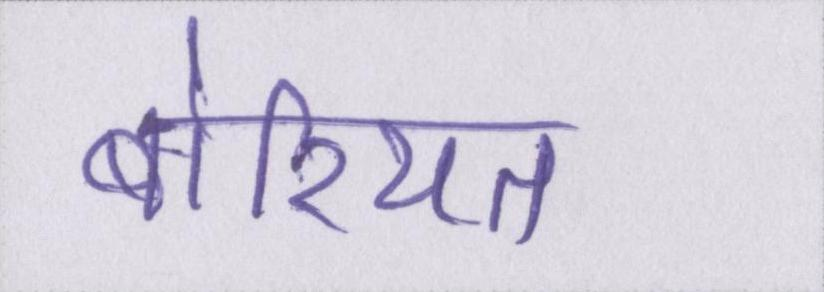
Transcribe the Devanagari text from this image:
बोरियत